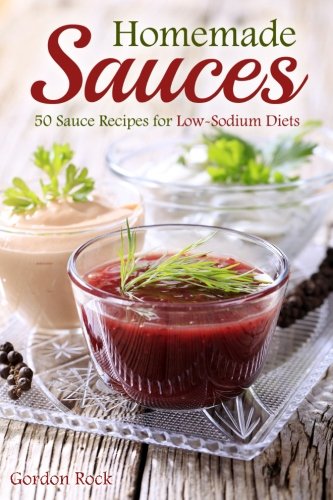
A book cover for Homemade Sauces: 50 Sauce Recipes for Low-Sodium Diets; Gordon Rock; Cookbooks, Food & Wine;